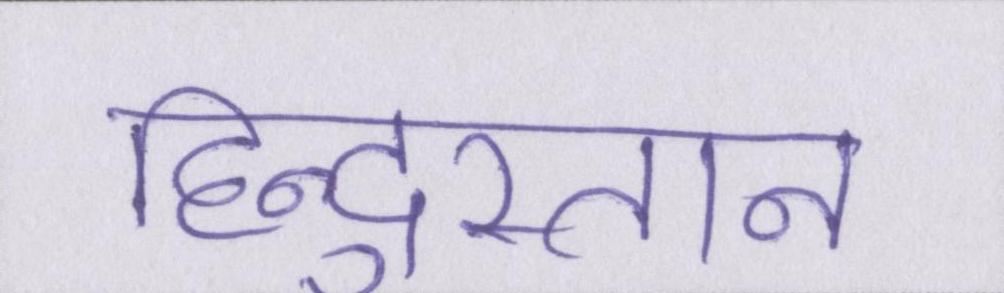
हिन्दुस्तान